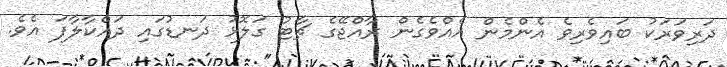
ދަރިވަރަކު ބައިވެރިވެ އެންމެން އެއްވެގެން ރާއްޖޭގެ ޗާޓު ގަލޮޅު ދަނޑުގައި ދައްކާލާފަ އެވެ.